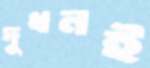
দুধনই